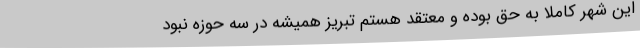
این شهر کاملا به حق بوده و معتقد هستم تبریز همیشه در سه حوزه نبود